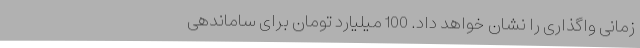
زمانی واگذاری را نشان خواهد داد. 100 میلیارد تومان برای ساماندهی